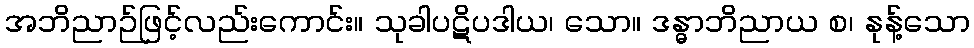
အဘိညာဉ်ဖြင့်လည်းကောင်း။ သုခါပဋိပဒါယ၊ သော။ ဒန္ဓာဘိညာယ စ၊ နုန့်သော